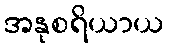
အနုစရိယာယ